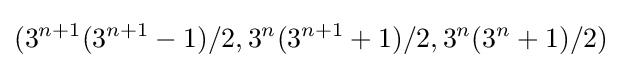
(3^{n+1}(3^{n+1}-1)/2,3^{n}(3^{n+1}+1)/2,3^{n}(3^{n}+1)/2)